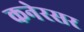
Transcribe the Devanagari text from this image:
कनेरसर